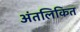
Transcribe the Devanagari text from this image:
अंतलिकित